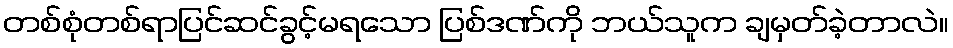
တစ်စုံတစ်ရာပြင်ဆင်ခွင့်မရသော ပြစ်ဒဏ်ကို ဘယ်သူက ချမှတ်ခဲ့တာလဲ။